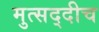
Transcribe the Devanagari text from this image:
मुत्सद्दीच